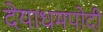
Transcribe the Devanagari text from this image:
देयाधमपोदी